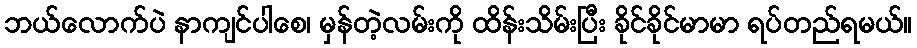
ဘယ်လောက်ပဲ နာကျင်ပါစေ၊ မှန်တဲ့လမ်းကို ထိန်းသိမ်းပြီး ခိုင်ခိုင်မာမာ ရပ်တည်ရမယ်။